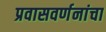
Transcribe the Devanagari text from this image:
प्रवासवर्णनांचा